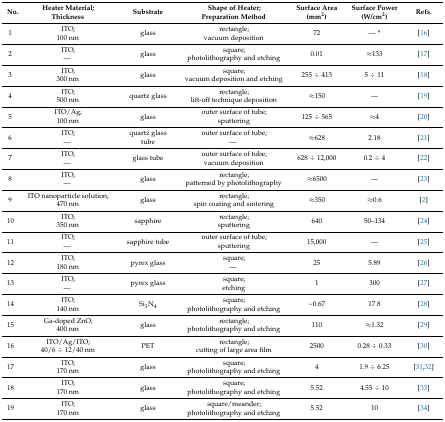
<table><thead><tr><td><b>No.</b></td><td><b>Heater Material; Thickness</b></td><td><b>Substrate</b></td><td><b>Shape of Heater; Preparation Method</b></td><td><b>Surface Area (mm<sup>2</sup>)</b></td><td><b>Surface Power (W/cm<sup>2</sup>)</b></td><td><b>Refs.</b></td></tr></thead><tbody><tr><td>1</td><td>ITO; 100 nm</td><td>glass</td><td>rectangle; vacuum deposition</td><td>72</td><td>— *</td><td>[16]</td></tr><tr><td>2</td><td>ITO; —</td><td>glass</td><td>square; photolithography and etching</td><td>0.01</td><td>≈133</td><td>[17]</td></tr><tr><td>3</td><td>ITO; 300 nm</td><td>glass</td><td>square; vacuum deposition and etching</td><td>255 ÷ 413</td><td>5 ÷ 11</td><td>[18]</td></tr><tr><td>4</td><td>ITO; 500 nm</td><td>quartz glass</td><td>rectangle; lift-off technique deposition</td><td>≈150</td><td>—</td><td>[19]</td></tr><tr><td>5</td><td>ITO/Ag; 100 nm</td><td>glass</td><td>outer surface of tube; sputtering</td><td>125 ÷ 565</td><td>≈4</td><td>[20]</td></tr><tr><td>6</td><td>ITO; —</td><td>quartz glass tube</td><td>outer surface of tube; —</td><td>≈628</td><td>2.18</td><td>[21] </td></tr><tr><td>7</td><td>ITO; —</td><td>glass tube</td><td>outer surface of tube; vacuum deposition </td><td>628 ÷ 12,000</td><td>0.2 ÷ 4</td><td>[22]</td></tr><tr><td>8</td><td>ITO; —</td><td>glass</td><td>rectangle; patterned by photolithography</td><td>≈6500</td><td>—</td><td>[23]</td></tr><tr><td>9</td><td>ITO nanoparticle solution; 470 nm</td><td>glass</td><td>rectangle; spin coating and sintering</td><td>≈350</td><td>≈0.6</td><td>[2]</td></tr><tr><td>10</td><td>ITO; 350 nm</td><td>sapphire</td><td>rectangle; sputtering</td><td>640</td><td>50–134</td><td>[24]</td></tr><tr><td>11</td><td>ITO; —</td><td>sapphire tube</td><td>outer surface of tube; sputtering</td><td>15,000</td><td>—</td><td>[25]</td></tr><tr><td>12</td><td>ITO; 180 nm</td><td>pyrex glass</td><td>square; —</td><td>25</td><td>5.89</td><td>[26]</td></tr><tr><td>13</td><td>ITO; —</td><td>pyrex glass</td><td>square; etching</td><td>1</td><td>300</td><td>[27]</td></tr><tr><td>14</td><td>ITO; 140 nm</td><td>Si<sub>3</sub>N<sub>4</sub></td><td>square; photolithography and etching</td><td>~0.67</td><td>17.8</td><td>[28]</td></tr><tr><td>15</td><td>Ga-doped ZnO; 400 nm</td><td>glass</td><td>rectangle; photolithography and etching</td><td>110</td><td>≈1.32</td><td>[29]</td></tr><tr><td>16</td><td>ITO/Ag/ITO; 40/6 ÷ 12/40 nm</td><td>PET</td><td>rectangle; cutting of large area film</td><td>2500</td><td>0.28 ÷ 0.33</td><td>[30]</td></tr><tr><td>17</td><td>ITO; 170 nm</td><td>glass</td><td>square; photolithography and etching</td><td>4</td><td>1.9 ÷ 6.25</td><td>[31,32]</td></tr><tr><td>18</td><td>ITO; 170 nm</td><td>glass</td><td>square; photolithography and etching </td><td>5.52</td><td>4.55 ÷ 10</td><td>[33]</td></tr><tr><td>19</td><td>ITO; 170 nm</td><td>glass</td><td>square/meander; photolithography and etching</td><td>5.52</td><td>10</td><td>[34]</td></tr></tbody></table>